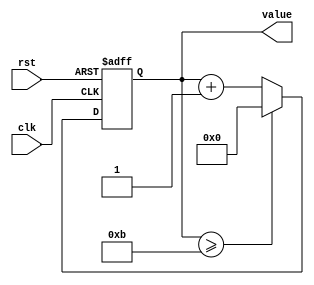
module counter_rot
(input clk, rst, 
output reg [3:0] value);

  always @ (posedge clk,negedge  rst) begin
	if (rst==0) 
		value = 0;
		
    else if (value >=11)
		value =0;
	else
		value = value +1;
	end
	
endmodule